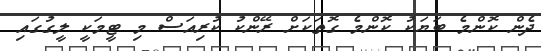
ދެން ކޮންމެ ބަޔަކު ކޮންމެ ގޮތަކަށް ރޭންކު ކުރިއަސް މި ޓީމަކީ ލީގުގައި